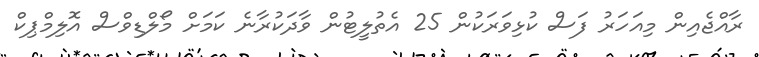
ރާއްޖެއިން މިއަހަރު ފަސް ކުޅިވަރަކުން 25 އެތުލީޓުން ވާދަކުރާނެ ކަމަށް މޯލްޑިވްސް އޮލިމްޕިކް